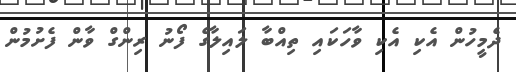
ދެމީހުން އެކި އެކި ވާހަކައި ތިއްބާ ލައިލާގެ ފޯނު ރިންގް ވާން ފެށުމުން